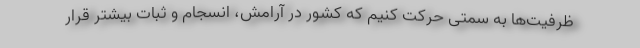
ظرفیت‌ها به سمتی حرکت کنیم که کشور در آرامش، انسجام و ثبات بیشتر قرار